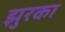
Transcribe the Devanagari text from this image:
झुरका